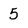
Character: 5